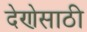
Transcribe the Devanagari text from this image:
देणेसाठी